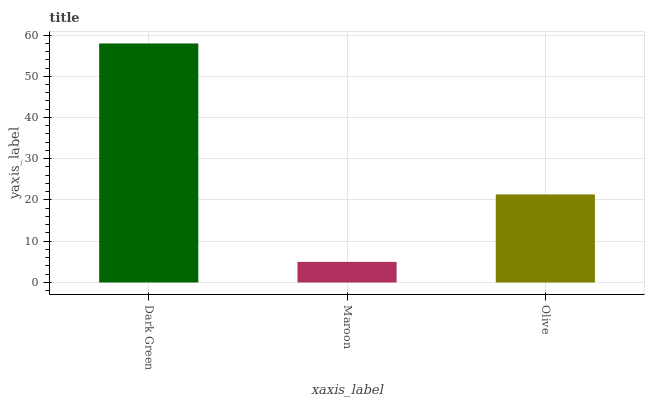
| xaxis_label | bars |
 | --- | --- |
 | Dark Green | 58 |
 | Maroon | 4.99 |
 | Olive | 21.4 |